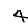
Digit: 4